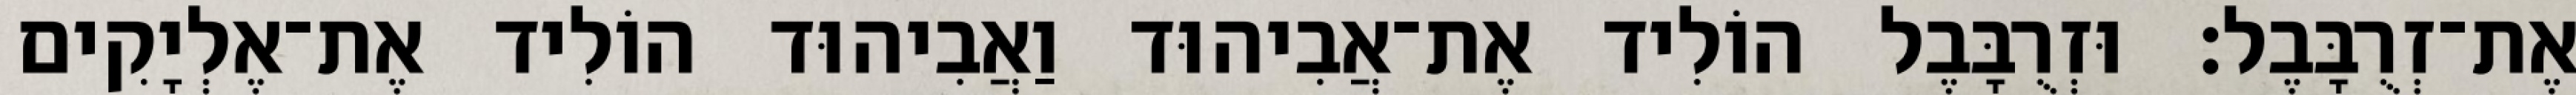
אֶת־זְרֻבָּבֶל׃ וּזְרֻבָּבֶל הוֹלִיד אֶת־אֲבִיהוּד וַאֲבִיהוּד הוֹלִיד אֶת־אֶלְיָקִים